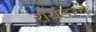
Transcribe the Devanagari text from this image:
रायडरचे